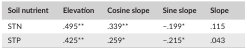
<table><thead><tr><td><b>Soil nutrient</b></td><td><b>Elevation</b></td><td><b>Cosine slope</b></td><td><b>Sine slope</b></td><td><b>Slope</b></td></tr></thead><tbody><tr><td>STN</td><td>.495**</td><td>.339**</td><td>−.199*</td><td>.115</td></tr><tr><td>STP</td><td>.425**</td><td>.259*</td><td>−.215*</td><td>.043</td></tr></tbody></table>